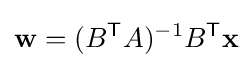
\mathbf {w} =(B^{\mathsf {T}}A)^{-1}B^{\mathsf {T}}\mathbf {x}